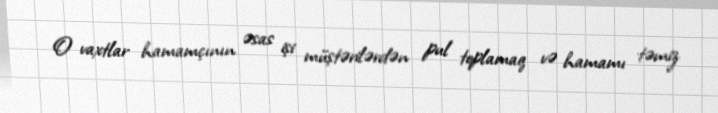
O vaxtlar hamamçının əsas işi müştərilərdən pul toplamaq və hamamı təmiz